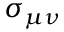
\sigma _ { \mu \nu }